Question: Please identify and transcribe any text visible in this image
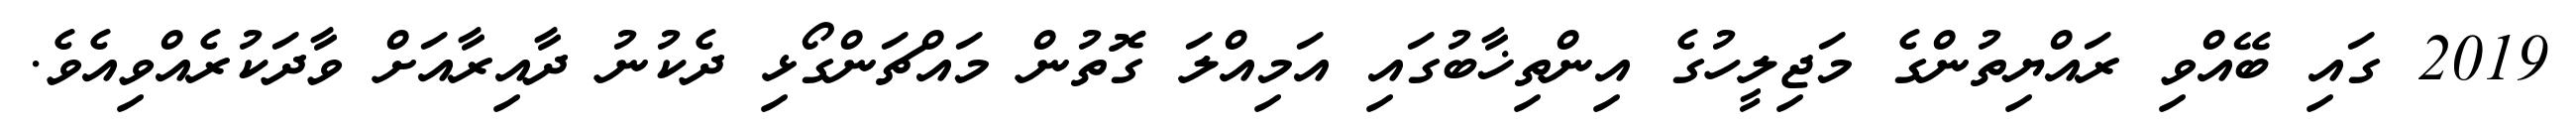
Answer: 2019 ގައި ބޭއްވި ރައްޔިތުންގެ މަޖިލީހުގެ އިންތިޚާބުގައި އަމިއްލަ ގޮތުން މައްޗަންގޯޅި ދެކުނު ދާއިރާއަށް ވާދަކުރެއްވިއެވެ.